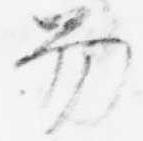
笏